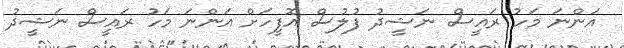
އަންނަ މަހު ރައީސް ނަޝީދު ފުލުސް އޮފީހަށް އަންނަ މަހު ރައީސް ނަޝީދު